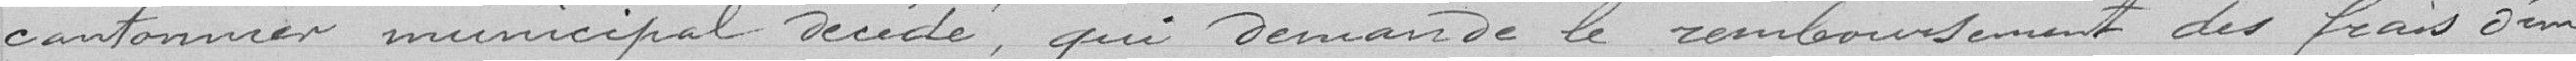
cantonnier municipal décédé, qui demande le remboursement des frais d'une opération chirurgicale fait également par Monsieur le Docteur Guenot et dont le